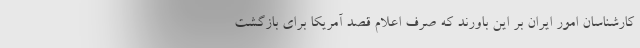
کارشناسان امور ایران بر این باورند که صرف اعلام قصد آمریکا برای بازگشت